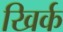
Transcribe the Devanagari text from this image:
खिर्क